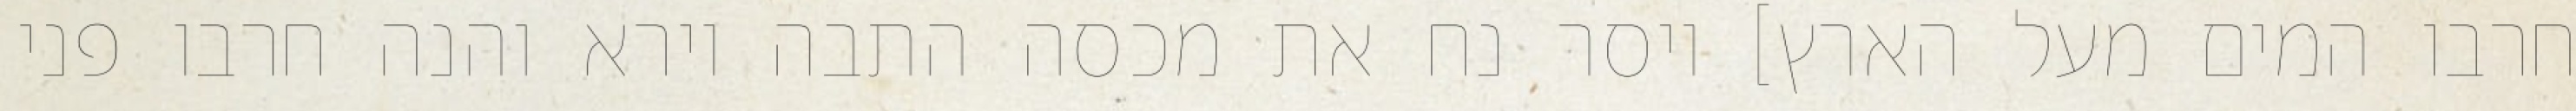
חרבו המים מעל הארץ] ויסר נח את מכסה התבה וירא והנה חרבו פני